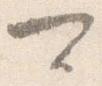
可